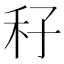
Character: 秄